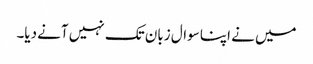
میں نے اپنا سوال زبان تک نہیں آنے دیا۔